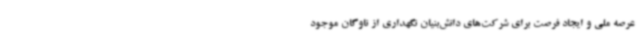
عرصه ملی و ایجاد فرصت برای شرکت‌های دانش‌بنیان نگهداری از ناوگان موجود